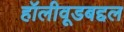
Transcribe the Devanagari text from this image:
हॉलीवूडबद्दल